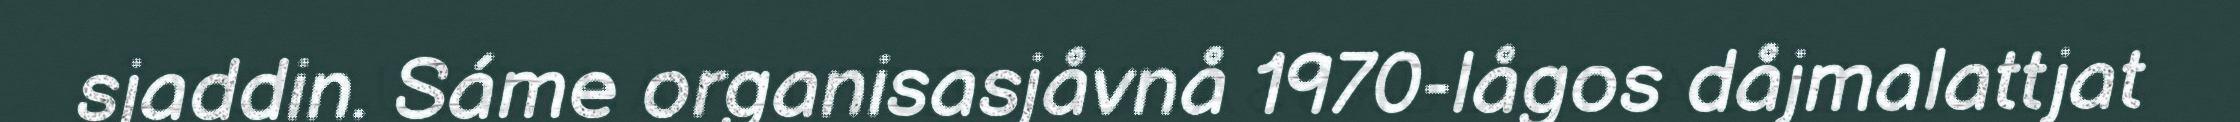
sjaddin. Sáme organisasjåvnå 1970-lågos dåjmalattjat